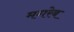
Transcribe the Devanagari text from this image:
मगरेब